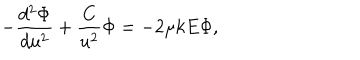
LaTeX: - \frac { d ^ { 2 } \Phi } { d u ^ { 2 } } + \frac { C } { u ^ { 2 } } \Phi = - 2 \mu k E \Phi ,